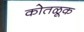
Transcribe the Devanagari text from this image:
कोतळूक